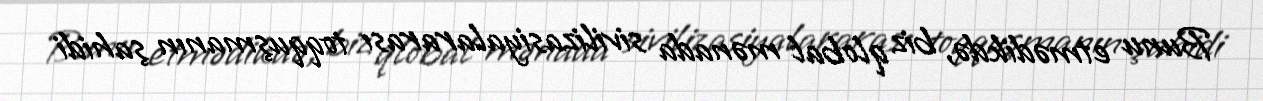
Bunu etmədikdə, biz qlobal mənada sivilizasiyalararası toqquşmanın şahidi